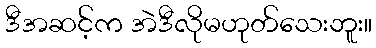
ဒီအဆင့်က အဲဒီလိုမဟုတ်သေးဘူး။